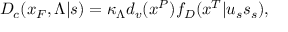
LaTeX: D _ { c } ( x _ { F } , \Lambda | s ) = \kappa _ { \Lambda } d _ { v } ( x ^ { P } ) f _ { D } ( x ^ { T } | u _ { s } s _ { s } ) ,